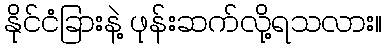
နိုင်ငံခြားနဲ့ ဖုန်းဆက်လို့ရသလား။